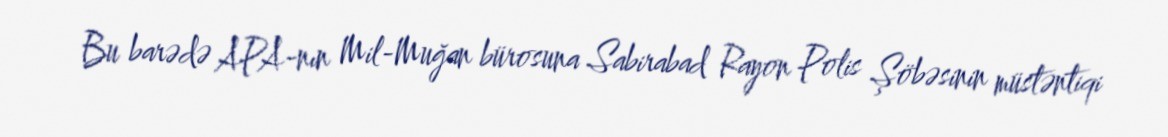
Bu barədə APA-nın Mil-Muğan bürosuna Sabirabad Rayon Polis Şöbəsinin müstəntiqi